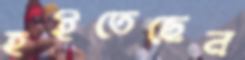
হইতেছেন